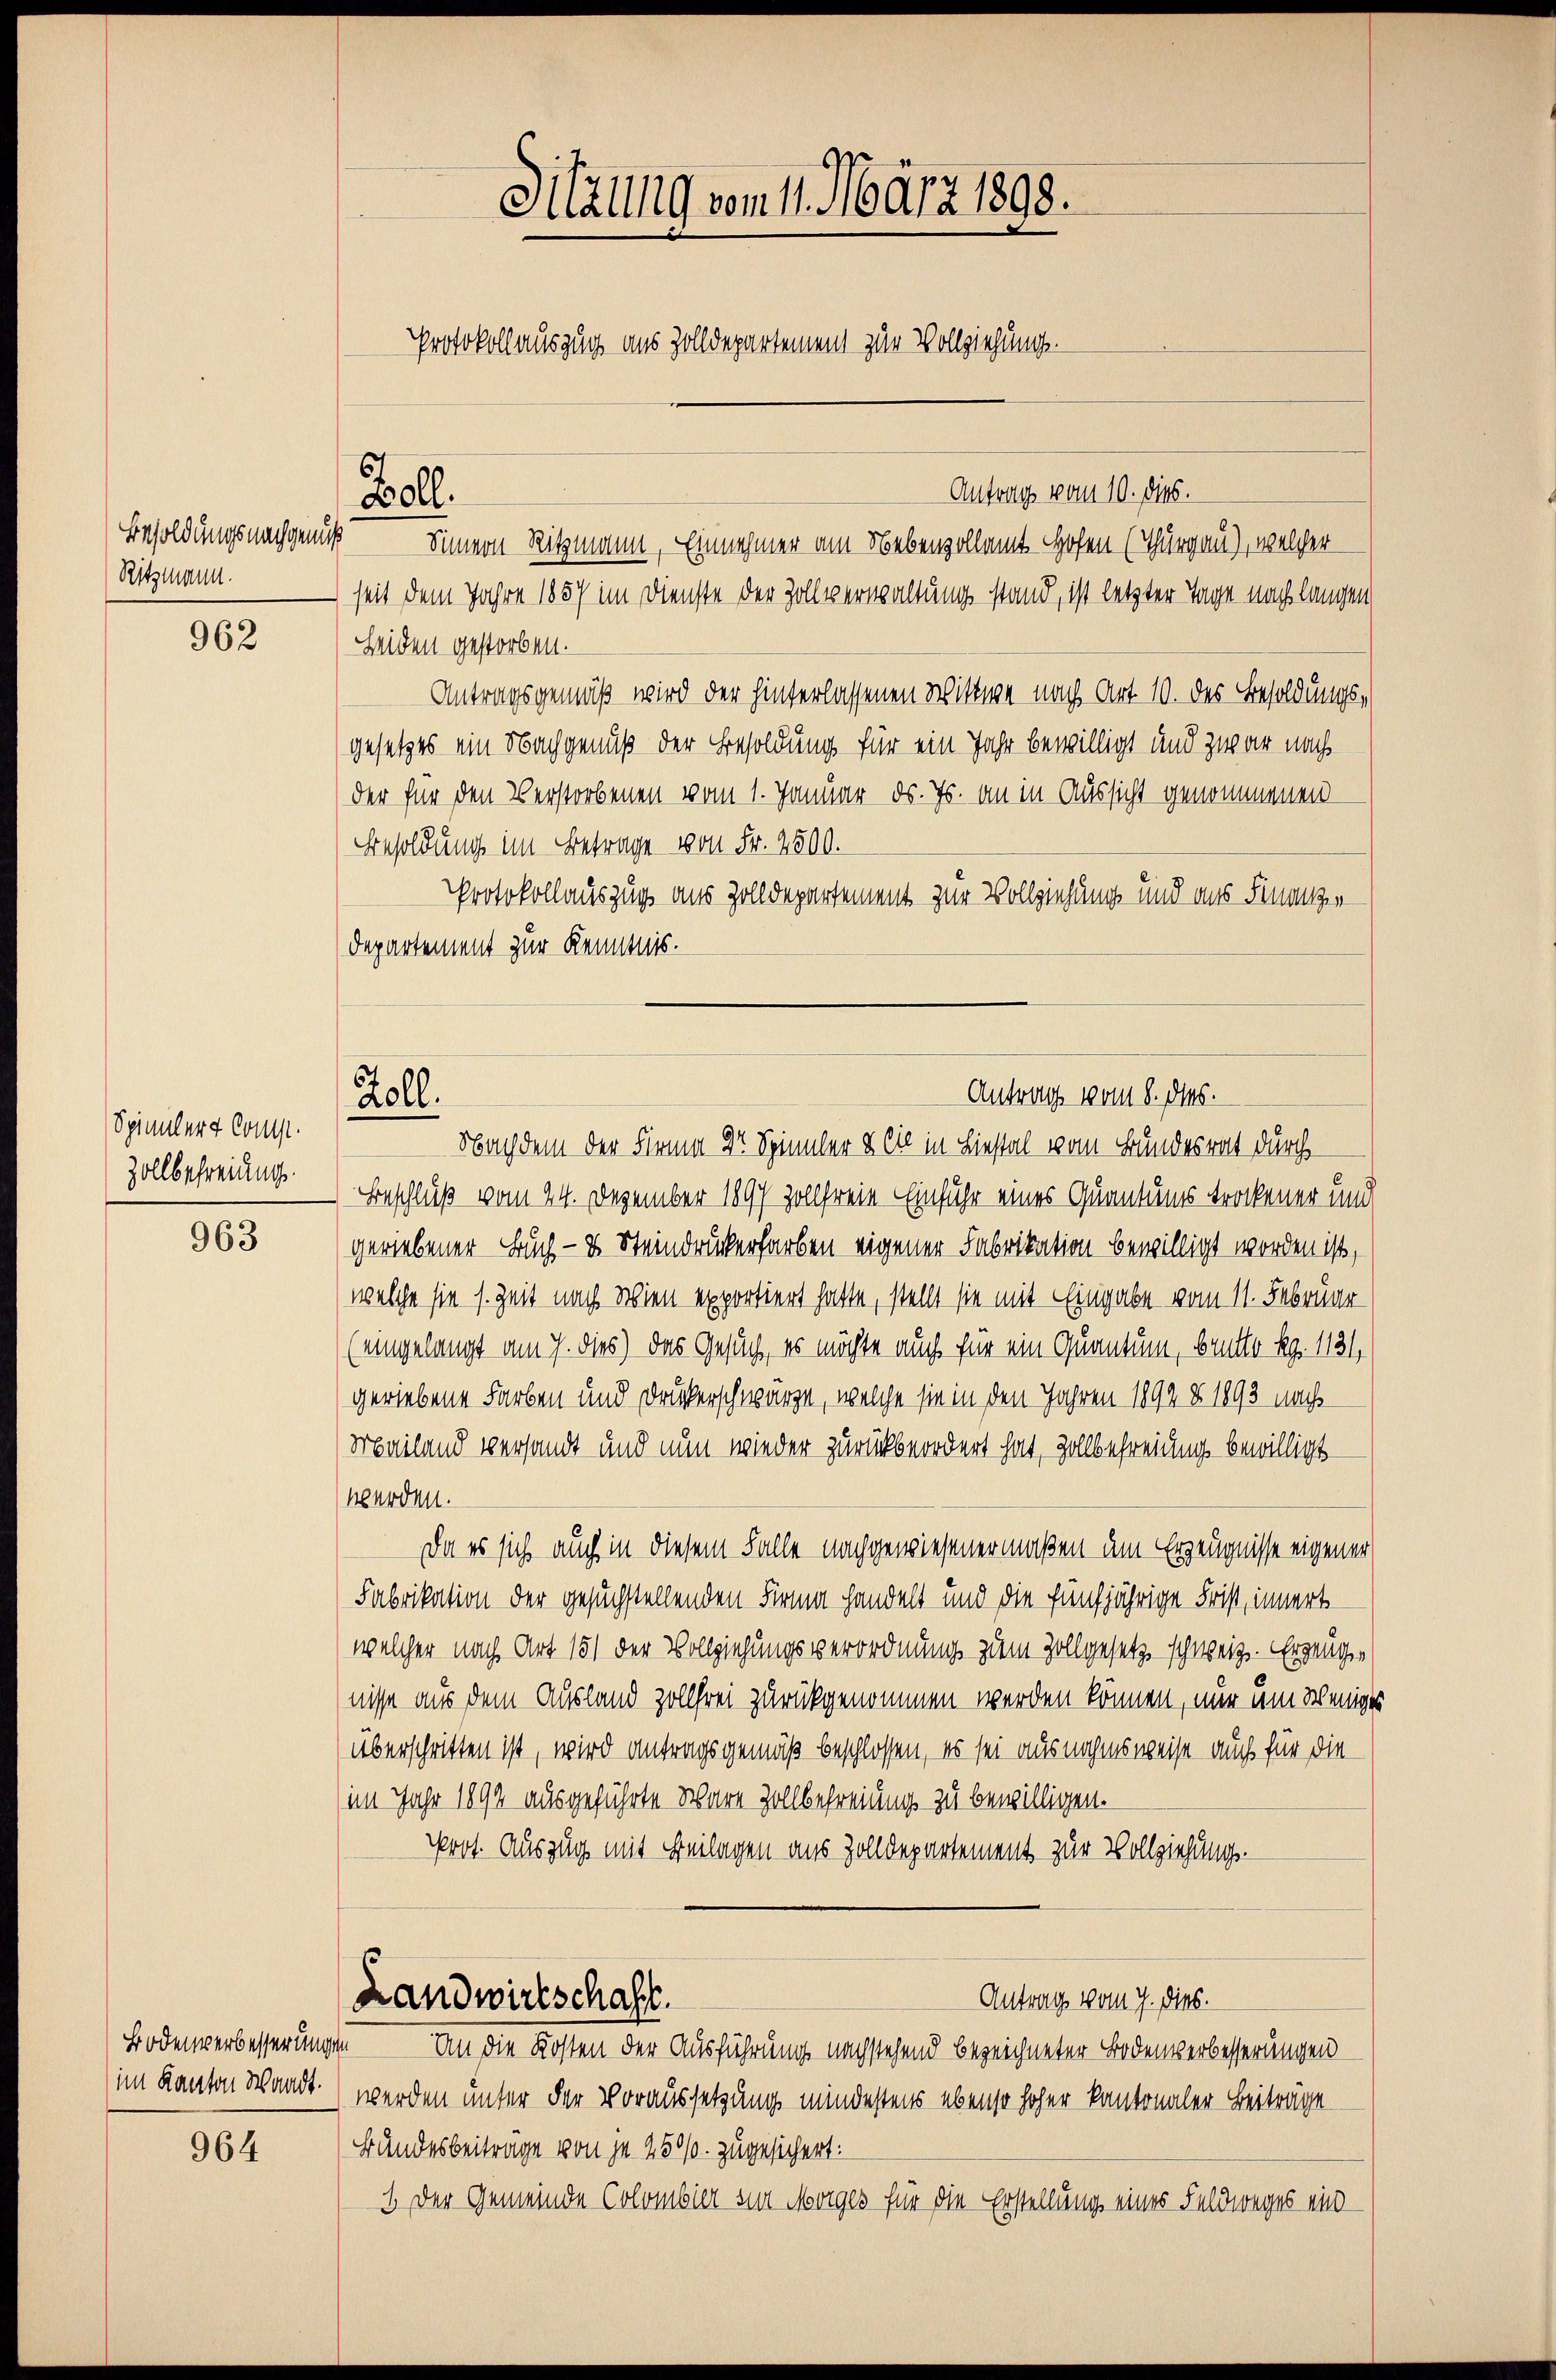
Besoldungsnachgenuß
Ritzmann.

962

Spinnert Comp.
Zollbefreiung.

963

Bodenwerbesserungen
im Kanton Waadt.

964

Sitzung vom 11. März 1890.
Protokollauszug aus Zolldepartement zur Vollziehungs-

Antrag vom 10. dies.
Sinnern Ritzmann, Einnehmer am Nebenvollamt Hofen (Thurgau), welcher
seit dem Jahre 1857 im Dienste der Zollverwaltung stand, ist letzter Tage nach langen
Heiden gestorben.
Antragsgemäß wird der hinterlassenen Wittwe nach Art. 10. des Besoldungsgesetzes ein Nachgenuß der Besoldung für ein Jahr bewilligt und zwar nachder für den Verstorbenen vom 1. Januar ds. Js. an in Aussicht genommenen
Besoldung im Betrage von Fr. 2500.
Protokollauszug aus Zolldepartement zur Vollziehung und aus Finanzer
Departement zur Kenntnis.

Woll.

Holl.

Nachdem der Firma Dr. Spinnler & Cie in Liestal vom Bundesrat durch
Beschluß vom 24. Dezember 1897 zollfreie Einfuhr eines Quantums trockener und
geriebener Buch - es Steindruckerfarben eigener Fabrikation bewilligt worden ist,
welche sie s. Zeit nach Wien exportiert hatte, stellt sie mit Eingabe vom 11. Februar
(eingelangt am 7. dies) das Gesuch, es möchte auch für ein Quantum, brutto Rg. 1131,
geriebene Farben und Druckerschwärze, welche sie in den Jahren 1892 § 1893 nach
Mailand versandt und nun wieder zurückbeordnet hat, Zollbefreiung bewilligt
werden.
Da es sich auch in diesem Falle nachgewiesenermaßen um Erzeugnisse eigener
Fabrikation der gesuchstellenden Firma handelt und die fünfjährige Frist, innert
welcher nach Art 151 der Vollziehungsverordnung zum Zollgesetze schweiz. Erzeugnisse aus dem Ausland zollfrei zurückgenommen werden können, nur um weniges
überschritten ist, wird antragsgemäß beschlossen, es sei ausnahmsweise auch für die
(im Jahr 1892 ausgeführte Ware Zollbefreiung zu bewilligen.
rot. Auszug mit Beilagen aus Zolldepartement zur Vollziehungs-
Antrag vom 7. Dieb.
Landwirtschaft.
An die Kosten der Ausführung nachstehend bezeichneter Bodenverbesserungen
werden unter der Voraussetzung mindestens ebenso hoher kantonaler Beiträge
Bundesbeitrage von je 250. zugesichert:
1. Der Gemeinde Colombier zur Morges für die Erstellung eines Feldweges ein

Antrag vom 8. ds.